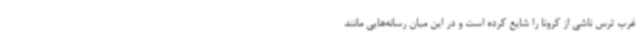
غرب ترس ناشی از کرونا را شایع کرده است و در این میان رسانه‌هایی مانند